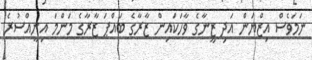
ނަމަވެސް އިޒްޔަން އަދި ޒީނާގެ ވާހަކައިން ޒާރާގެ ބައްޕަ ޒާރާގެ މަންމަ އިނީއްސުރެ